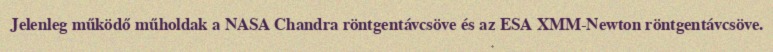
Jelenleg működő műholdak a NASA Chandra röntgentávcsöve és az ESA XMM-Newton röntgentávcsöve.